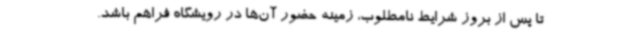
تا پس از بروز شرایط نامطلوب، زمینه حضور آن‌ها در رویشگاه فراهم باشد.